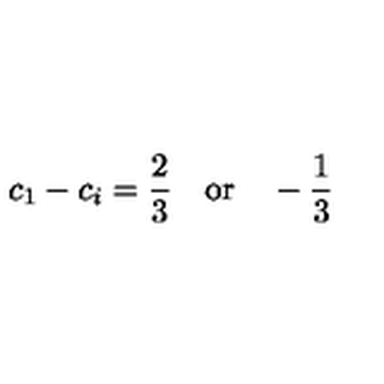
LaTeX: c _ { 1 } - c _ { i } = \frac { 2 } { 3 } \quad \mathrm { o r } \quad - \frac { 1 } { 3 }